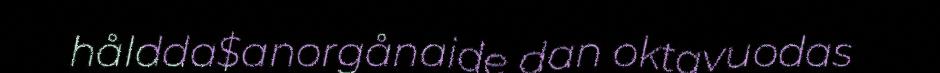
håldda$anorgånaide dan oktavuodas